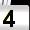
Digit: 4